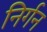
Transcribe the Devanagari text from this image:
निर्गन